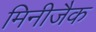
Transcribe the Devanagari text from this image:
मिनीजैक